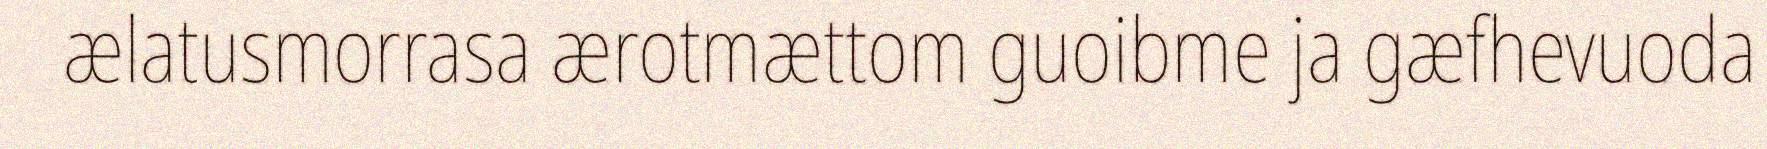
ælatusmorrasa ærotmættom guoibme ja gæfhevuoda